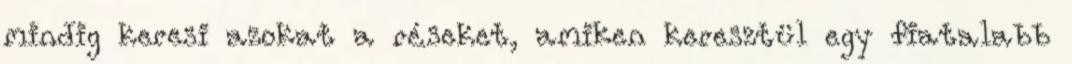
mindig keresi azokat a réseket, amiken keresztül egy fiatalabb